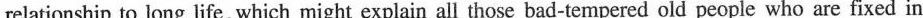
relationship to long life, which might explain all those bad-tempered old people who are fixed in